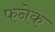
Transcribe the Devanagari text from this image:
फनेक